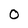
Character: 0